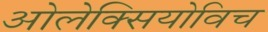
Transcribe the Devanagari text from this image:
ओलेक्सियोविच